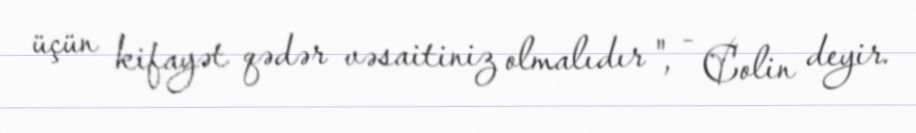
üçün kifayət qədər vəsaitiniz olmalıdır ", - Colin deyir.